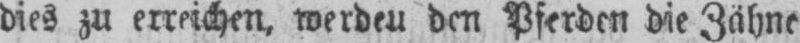
dies zu erreichen, werdeu den Pferden die Zähne